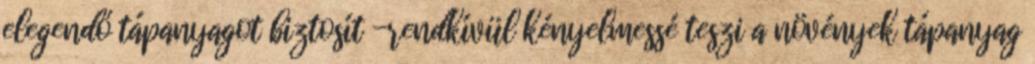
elegendő tápanyagot biztosít -rendkívül kényelmessé teszi a növények tápanyag